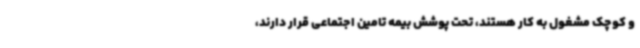
و کوچک مشغول به کار هستند، تحت پوشش بیمه تامین اجتماعی قرار دارند،